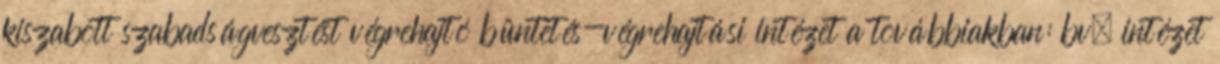
kiszabott szabadságvesztést végrehajtó büntetés-végrehajtási intézet a továbbiakban: bv. intézet